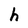
Character: h